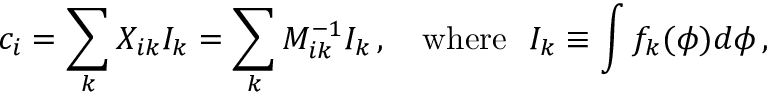
c _ { i } = \sum _ { k } X _ { i k } I _ { k } = \sum _ { k } M _ { i k } ^ { - 1 } I _ { k } \, , \quad \mathrm { w h e r e } ~ ~ I _ { k } \equiv \int f _ { k } ( \phi ) d \phi \, ,